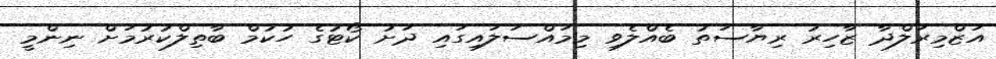
އަޒްމިރަލްދާ ޒާހިރު ރިޔާސަތު ބެއްލެވި މިމައްސަލައިގައި ދަށު ކޯޓުގެ ހުކުމް ބާތިލްކުރުމަށް ނިންމީ